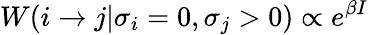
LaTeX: W(i\to j|\sigma_{i}=0,\sigma_{j}>0)\propto e^{\beta I}